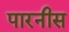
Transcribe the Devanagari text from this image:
पारनीस